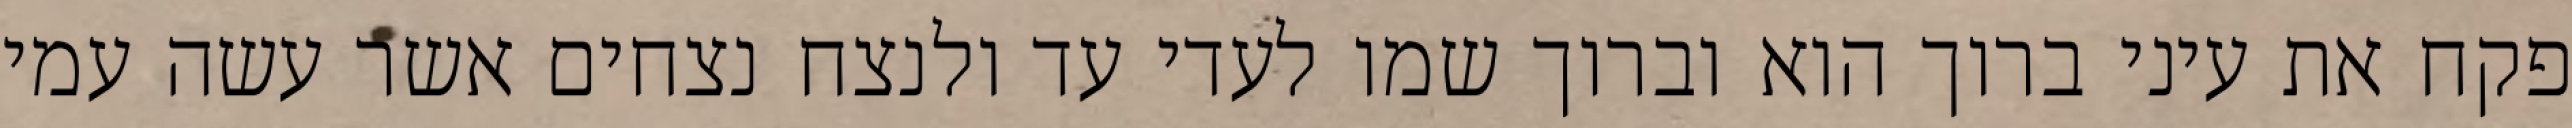
פקח את עיני ברוך הוא וברוך שמו לעדי עד ולנצח נצחים אשר עשה עמי